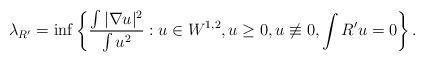
LaTeX: \begin{align*}\lambda_{R'} = \inf \left\{ \frac{\int |\nabla u|^2 }{\int u^2}: u\in W^{1,2}, u\ge 0, u\not \equiv 0, \int R' u= 0 \right\}.\end{align*}